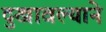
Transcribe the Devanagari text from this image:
दुखावल्याने